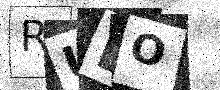
Text: RULO